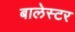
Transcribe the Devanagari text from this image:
बालेस्टर